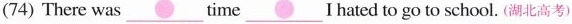
(74) There was ___ time ___ I hated to go to school.(湖北高考)